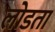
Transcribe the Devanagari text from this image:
लोडता